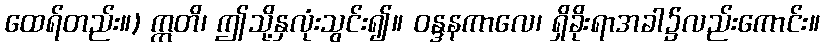
ထေရ်တည်း။) ဣတိ၊ ဤသို့နှလုံးသွင်း၍။ ဝန္ဒနကာလေ၊ ရှိခိုးရာအခါ၌လည်းကောင်း။